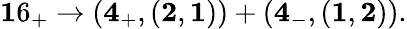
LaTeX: {\mathbf 16_{+}}\rightarrow({\mathbf 4_{+}},({\mathbf 2},{\mathbf 1}))+({\mathbf 4_{-}},({\mathbf 1},{\mathbf 2})).